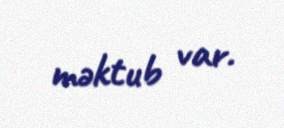
məktub var.